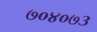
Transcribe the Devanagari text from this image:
७०४०७३